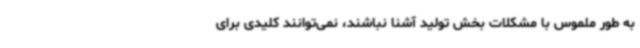
به طور ملموس با مشکلات بخش تولید آشنا نباشند، نمی‌توانند کلیدی برای